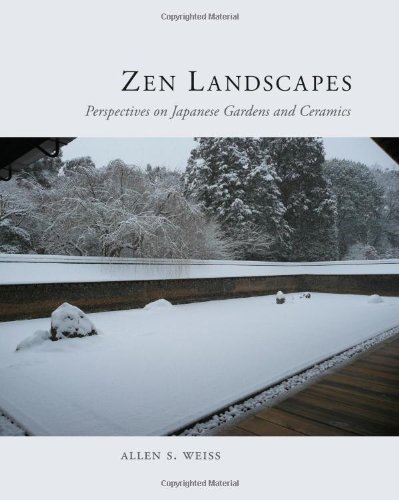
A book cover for Zen Landscapes: Perspectives on Japanese Gardens and Ceramics; Allen S. Weiss; Crafts, Hobbies & Home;